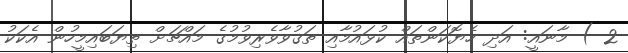
2 ) މާނައީ: އަދި ހެޔޮކަންތައް ކުޅައުމާއި ތަޤުވާވެރިވުމުގެ މައްޗަށް ތިޔަބައިމީހުން އެކަކު